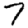
Digit: 7